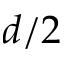
d / 2